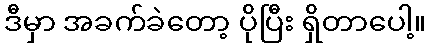
ဒီမှာ အခက်ခဲတော့ ပိုပြီး ရှိတာပေါ့။